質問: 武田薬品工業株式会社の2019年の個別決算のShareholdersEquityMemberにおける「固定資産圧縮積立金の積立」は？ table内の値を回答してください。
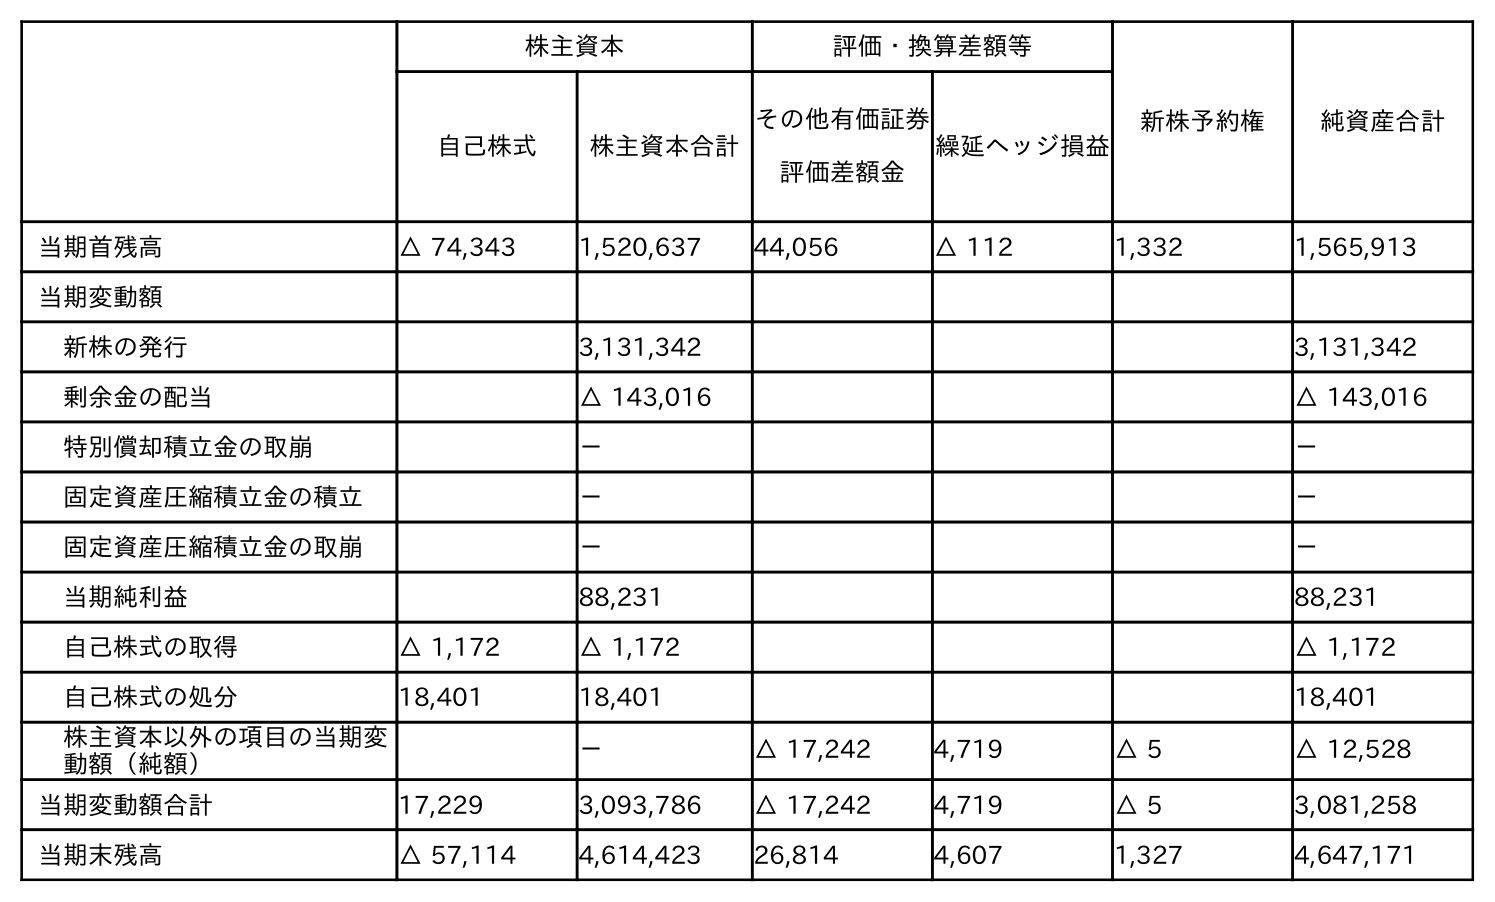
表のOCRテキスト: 株主資本 評価・換算差額等 新株予約権 純資産合計 自己株式 株主資本合計 その他有価証券 評価差額金 繰延ヘッジ損益 当期首残高 △ 74,343 1,520,637 44,056 △ 112 1,332 1,565,913 当期変動額 新株の発行 3,131,342 3,131,342 剰余金の配当 △ 143,016 △ 143,016 特別償却積立金の取崩 － － 固定資産圧縮積立金の積立 － － 固定資産圧縮積立金の取崩 － － 当期純利益 88,231 88,231 自己株式の取得 △ 1,172 △ 1,172 △ 1,172 自己株式の処分 18,401 18,401 18,401 株主資本以外の項目の当期変 動額（純額） － △ 17,242 4,719 △ 5 △ 12,528 当期変動額合計 17,229 3,093,786 △ 17,242 4,719 △ 5 3,081,258 当期末残高 △ 57,114 4,614,423 26,814 4,607 1,327 4,647,171
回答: －